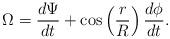
LaTeX: \begin{align*}\Omega=\frac{d\Psi}{dt}+\cos\left(\frac{r}{R}\right)\frac{d\phi}{dt}.\end{align*}